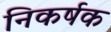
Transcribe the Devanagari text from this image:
निकर्षक